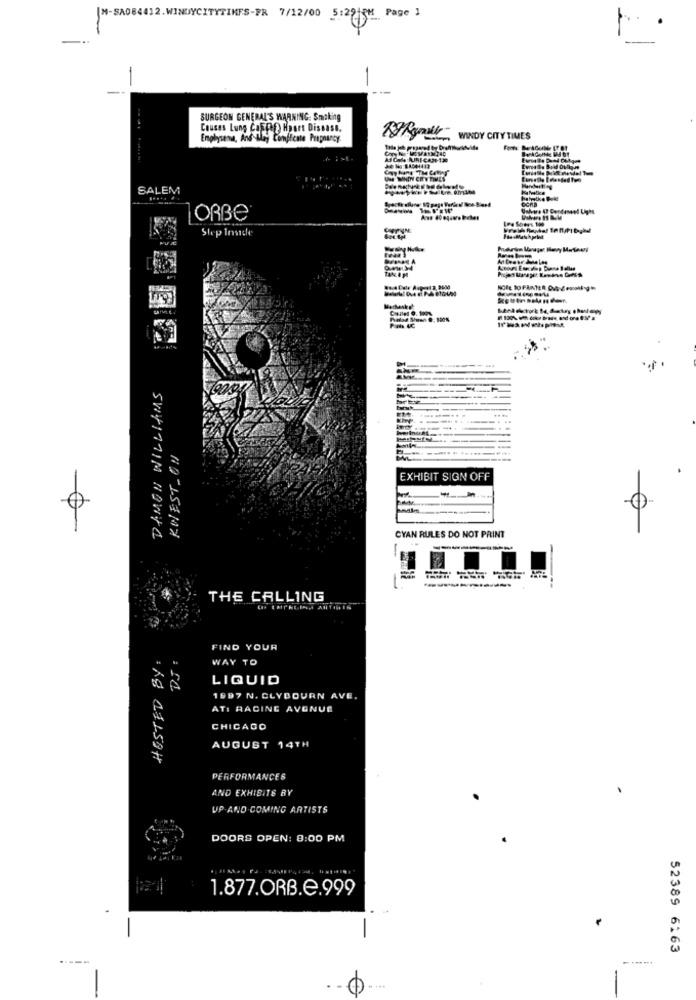
|M-SA084412.WINDYCITYTIKFS-PR 7/12/00 5:2915H Page 1
-
SURGEON GENERAL'S WARNING: Smoking
Causas Lung Caff Hoort Disease.
Emphysema, And Alay Comfrente Pregnancy
WINDY CITY TIMES
14 KURICAN
UM MIHITY CHY TIMES
SALEM
Unhas 47 Condame
ORBE
Slep Inside
DAMON WILLIAMS
EXHIBIT SIGN OFF
0
CYAN RULES DO NOT PRINT
THE CALLING
FIND YOUR
WAY TO
LIQUID
1997 N. CLYBOURN AVE.
ATI RACING AVENUE
CHICAGO
AUGUST 14TH
= Kg 411.59H
PERFORMANCES
AND EXHIBITS BY
UP-AND-COMING ARTISTS
DOORS OPEN: 8:00 PM
1.877.ORB.e.999
52389 6163